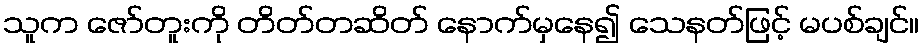
သူက ဇော်တူးကို တိတ်တဆိတ် နောက်မှနေ၍ သေနတ်ဖြင့် မပစ်ချင်။